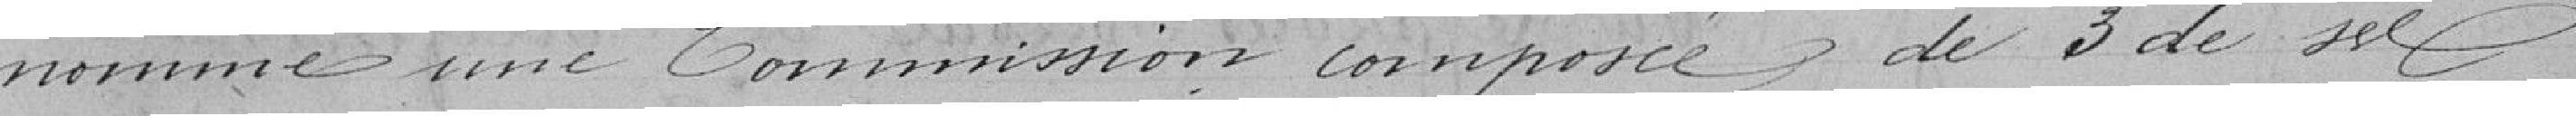
nomme une commission composée de 3 de ses